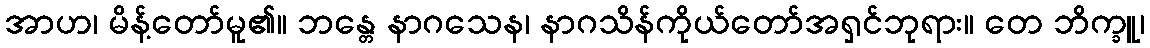
အာဟ၊ မိန့်တော်မူ၏။ ဘန္တေ နာဂသေန၊ နာဂသိန်ကိုယ်တော်အရှင်ဘုရား။ တေ ဘိက္ခူ၊